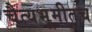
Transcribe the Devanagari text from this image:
चैत्यभूमीतच